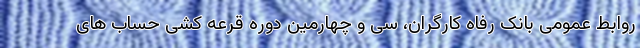
روابط عمومی بانک رفاه کارگران، سی و چهارمین دوره قرعه کشی حساب های